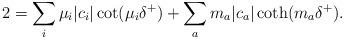
LaTeX: \begin{align*}2 =\sum_i \mu_i |c_i| \cot(\mu_i \delta^+) + \sum_a m_a |c_a| \coth(m_a \delta^+).\end{align*}